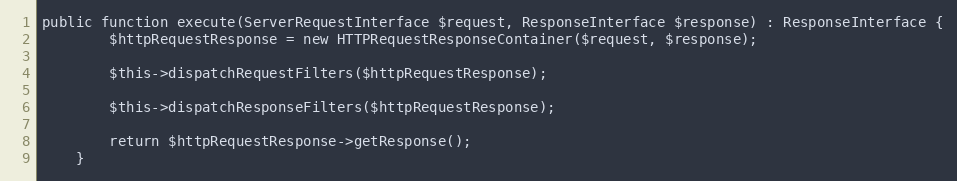
Language: PHP
public function execute(ServerRequestInterface $request, ResponseInterface $response) : ResponseInterface {
		$httpRequestResponse = new HTTPRequestResponseContainer($request, $response);

		$this->dispatchRequestFilters($httpRequestResponse);

		$this->dispatchResponseFilters($httpRequestResponse);

		return $httpRequestResponse->getResponse();
	}